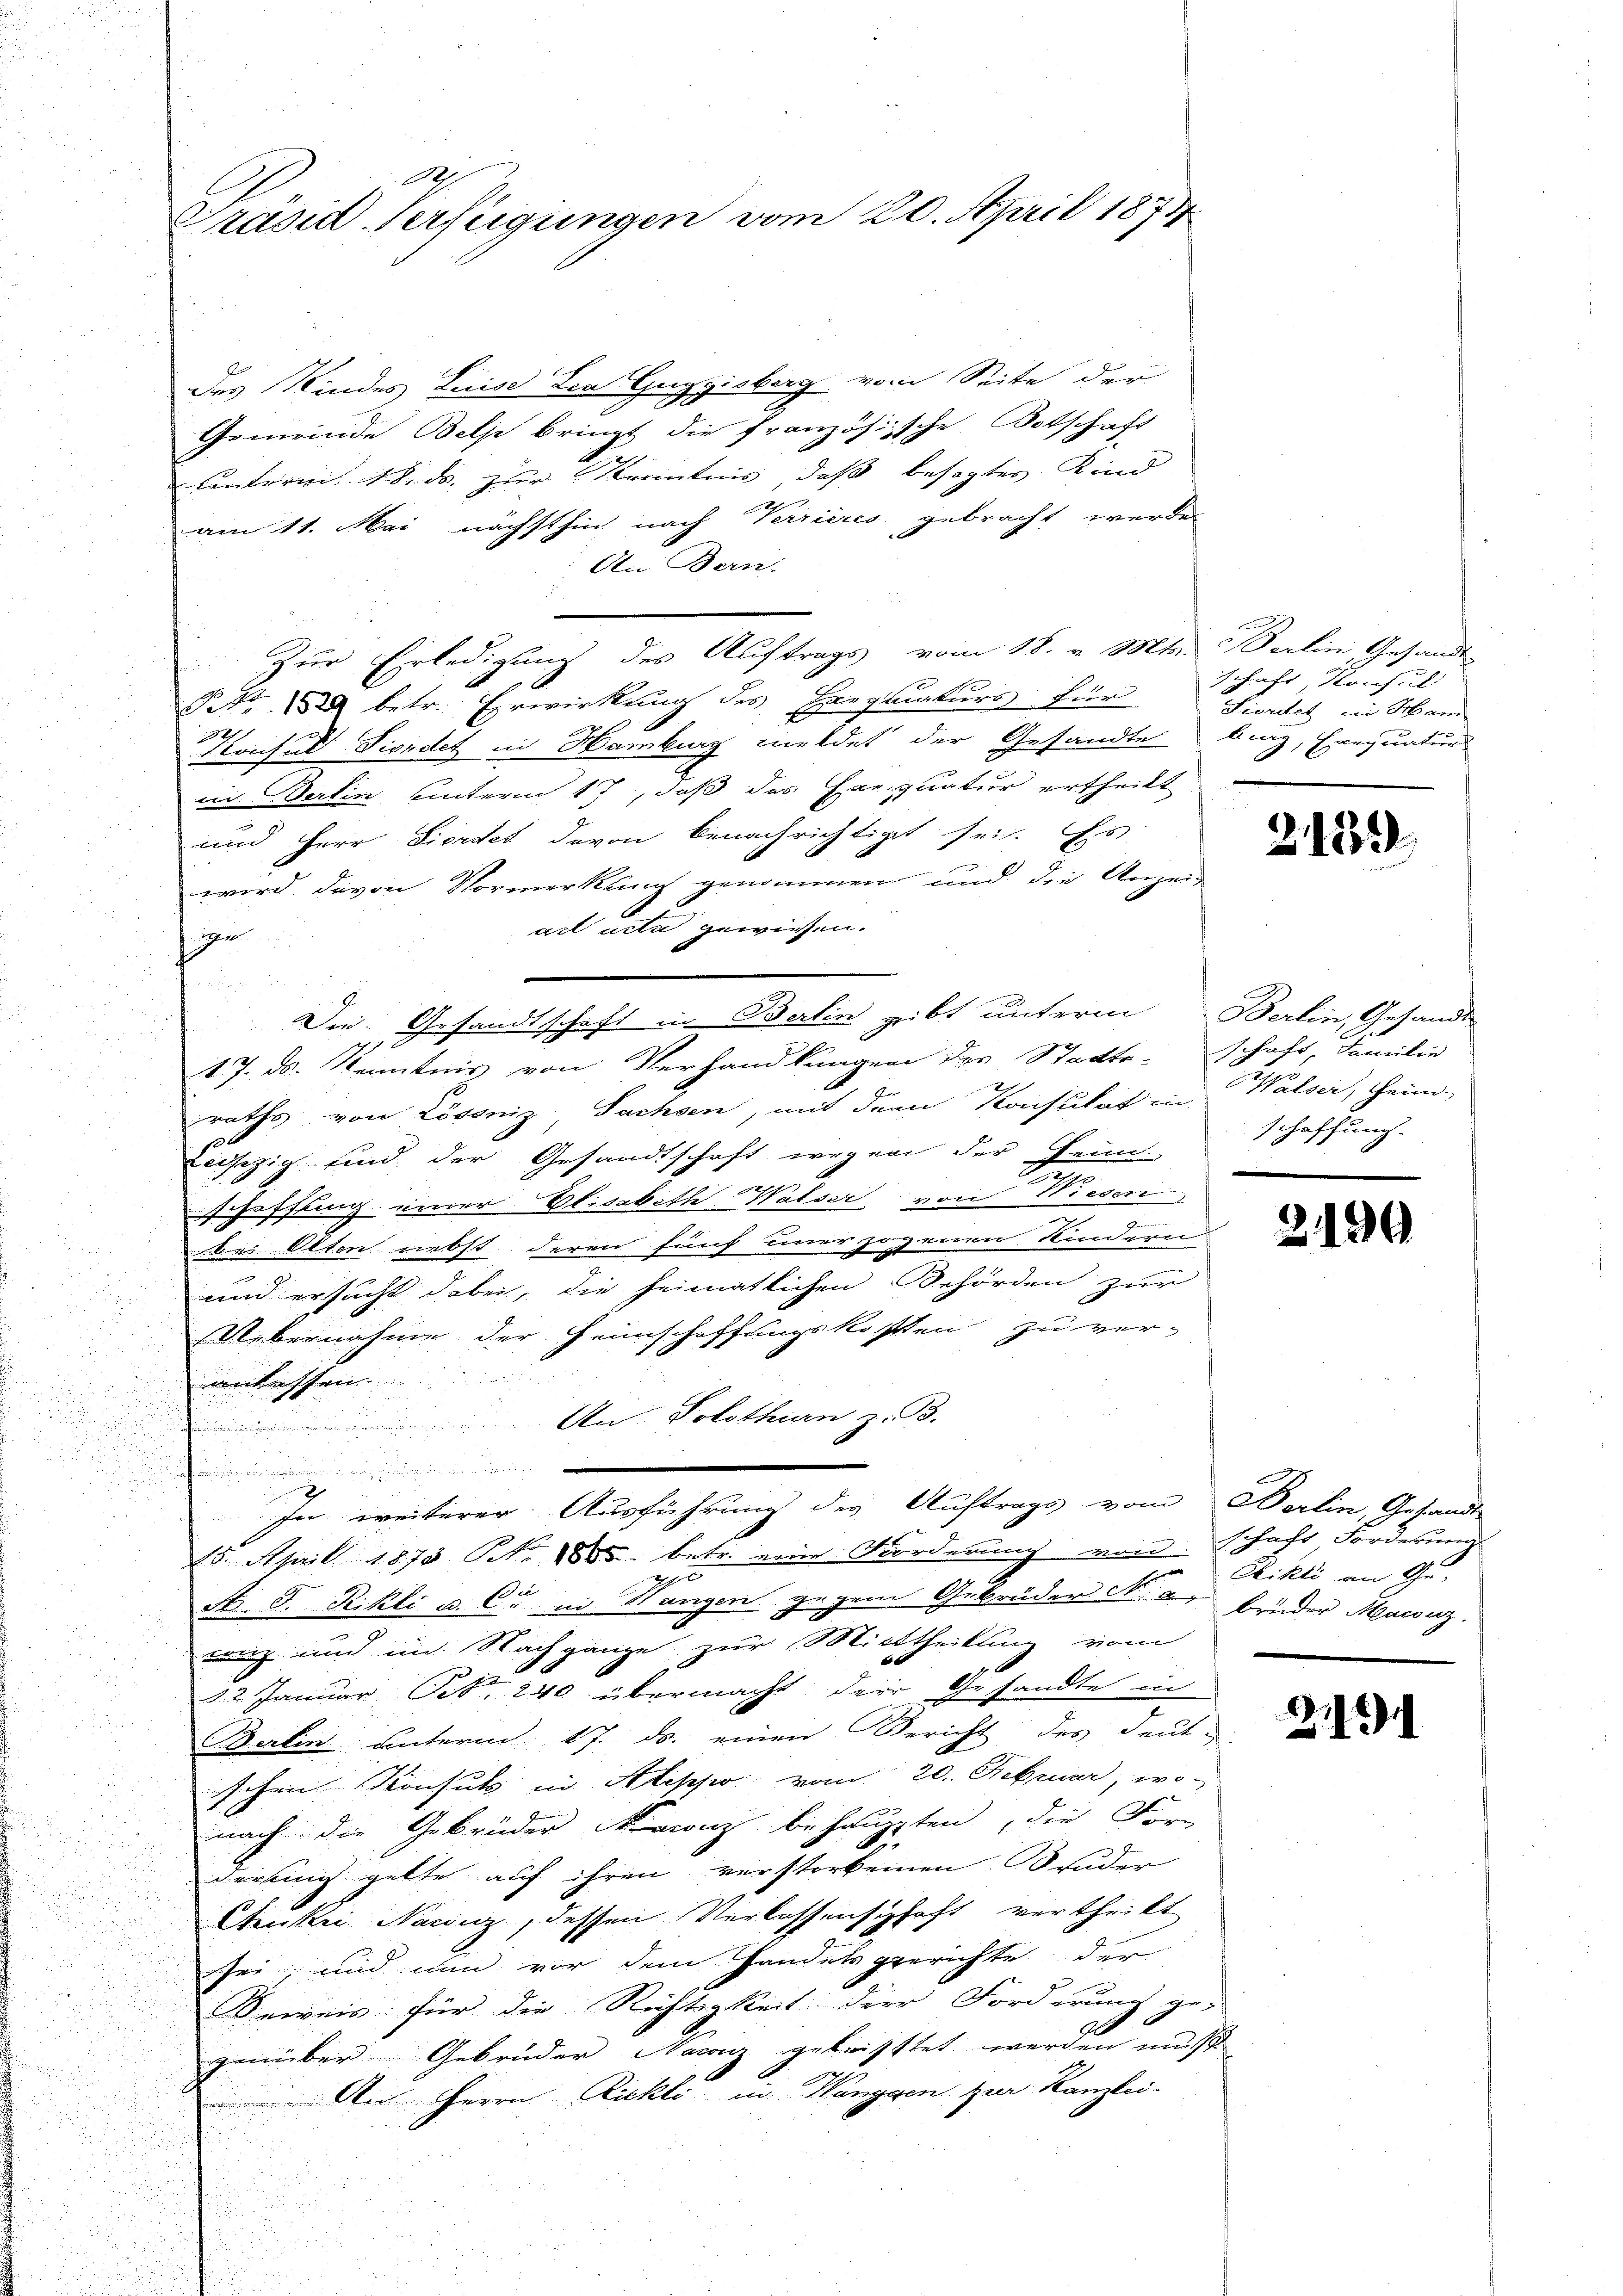
1
Präsid. Verfügungen vom 20. April 1874

des Kindes Luise der Guggisberg vom Seite der
Gemeinde Belp bringt die französische Botschaft
Lnterm 18. ds. zur Kenntnis, daß besagtes Kind
am 11. Mai nächsthin nach Verrieres gebracht werde.
An Bern.
Zur Erledigung des Auftrags vom 18. v. Mts. Berlin Gesandt-
NNo. 2 betr. Erwirkung des Exequaturs für
Konsul Findet in Hamburg meldet der Gesandte bing, Errquatur
ein Berlin unterm 17, daß das Exequatur ertheilt
und Herr Fierdet davon benachrichtigt sei. Es
wird davon Vormerkung genommen und die Anzeig
adl unter gewissen.
ir
Die Gesandtschaft in Berlin gibt unterm Berlin, Gesandt
17. ds. Kenntnis von Verhandlungen des Statte-Schaft, Familie
raths von Lössniz, Sachsen, mit dem Konsulat in Walser, Heim-
Lesezig sind der Gesandtschaft wegen der Hein-
schaffung einer Elisabeth Walser von Wiesen

bei Olten nebst deren fünf einerzogenen Kinderen
und ersucht dabei, die heimatlichen Behörden zur
Uebernahme der Heimschaffungskosten zu ver-
enkassen
Un: Solothurn z. B.
de
2
In weiterer Ausführung des Auftrags vom Berlin Gesandt
15. April 1873 NNo. 1885 betr. eine Forderung von Schaft, Forderung
20
St. J. Rikli u. C. in Wangen gegen Gebrüder N. 2. Bruder Maerz
ranz und im Nachgange zur Mittheilung vom

12 Januar Pct. 240 übermacht dein Gesandte in
Berlin hinterm 17. ds. einen Bericht des deut-
schen Konsul in Alpso. vom 20. Februar, wo-
nach die Gebrüder Franz behaupten, die For-
derung gelte auf ihren verstorbenen Bruder
Seukei Naunz, dessen Verlassenschaft vertheilt
sei, und nun vor dem Handelsgerichte der
Beweis für die Richtigkeit der Forderung ge-
g
genüber Gebrüder Nacarz getristtet werden musst
An Herrn Rickli in Wanggen zur Kanzlei-
u

schaft, Konsul
Siendet in Mann

2439

schaffung.

2190

Chikli an Ge-

2491